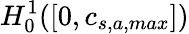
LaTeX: H_{0}^{1}([0,c_{s,a,max}])